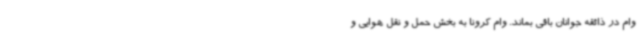
وام در ذائقه جوانان باقی بماند. وام کرونا به بخش حمل و نقل هوایی و